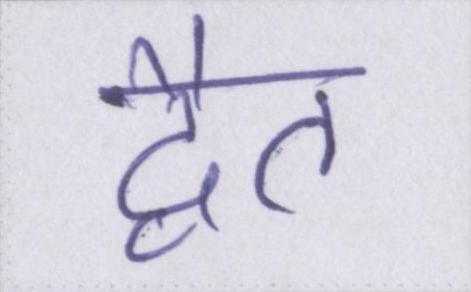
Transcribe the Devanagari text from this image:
द्वैत